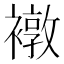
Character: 𧝋